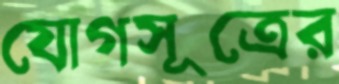
যোগসূত্রের